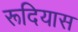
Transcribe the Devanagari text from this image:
रूदियास